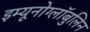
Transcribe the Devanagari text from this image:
इम्यूनोग्लॉबुलिन